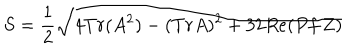
S = { \frac { 1 } { 2 } } \sqrt { 4 T r ( A ^ { 2 } ) - ( T r A ) ^ { 2 } + 3 2 R e ( P f \, Z ) }